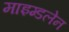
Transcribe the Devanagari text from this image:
माइग्डलेन